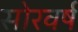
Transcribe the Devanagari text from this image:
सोरवर्ष